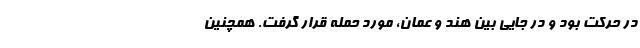
در حرکت بود و در جایی بین هند و عمان، مورد حمله قرار گرفت. همچنین